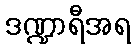
ဒဏ္ဍာရီအရ